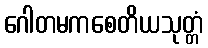
ဂေါတမကစေတိယသုတ္တံ